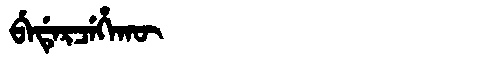
Manchu: ᠪᡝᡩᡝᡵᠴᡝᡥᠠᡴᡡ
Romanization: BEDERCEHAKŪ